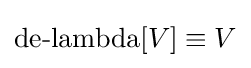
\operatorname {de-lambda} [V]\equiv V